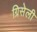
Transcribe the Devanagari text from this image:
ग्रिसेली